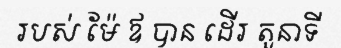
របស់ ម៉ែ ឪ បាន ដើរ តួនាទី